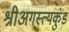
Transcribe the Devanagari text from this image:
श्रीअगस्त्यकुंड